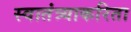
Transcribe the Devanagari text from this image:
स्वातंत्र्याकरिता